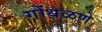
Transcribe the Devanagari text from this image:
गोंधळणे